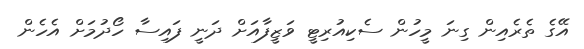
އޭގެ ތެރެއިން ގިނަ މީހުން ސެކިއުރިޓީ ވަޒީފާއަށް ދަނީ ފައިސާ ހޯދުމަށް އެހެން